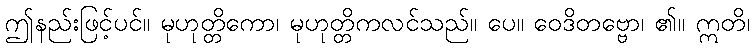
ဤနည်းဖြင့်ပင်။ မုဟုတ္တိကော၊ မုဟုတ္တိကလင်သည်။ ပေ။ ဝေဒိတဗ္ဗော၊ ၏။ ဣတိ၊